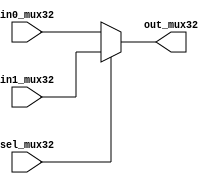
module myMUX32 (in0_mux32, in1_mux32, sel_mux32, out_mux32);
  input [31:0] in0_mux32, in1_mux32;
  input sel_mux32;
  output [31:0] out_mux32;
  
  assign out_mux32 = sel_mux32 ? in1_mux32 : in0_mux32;
endmodule